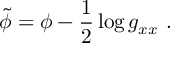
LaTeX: \tilde { \phi } = \phi - { \frac { 1 } { 2 } } \log g _ { x x } \ .